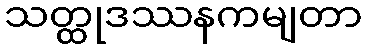
သတ္ထုဒဿနကမျတာ